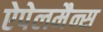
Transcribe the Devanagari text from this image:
ऐपेलमैन्स